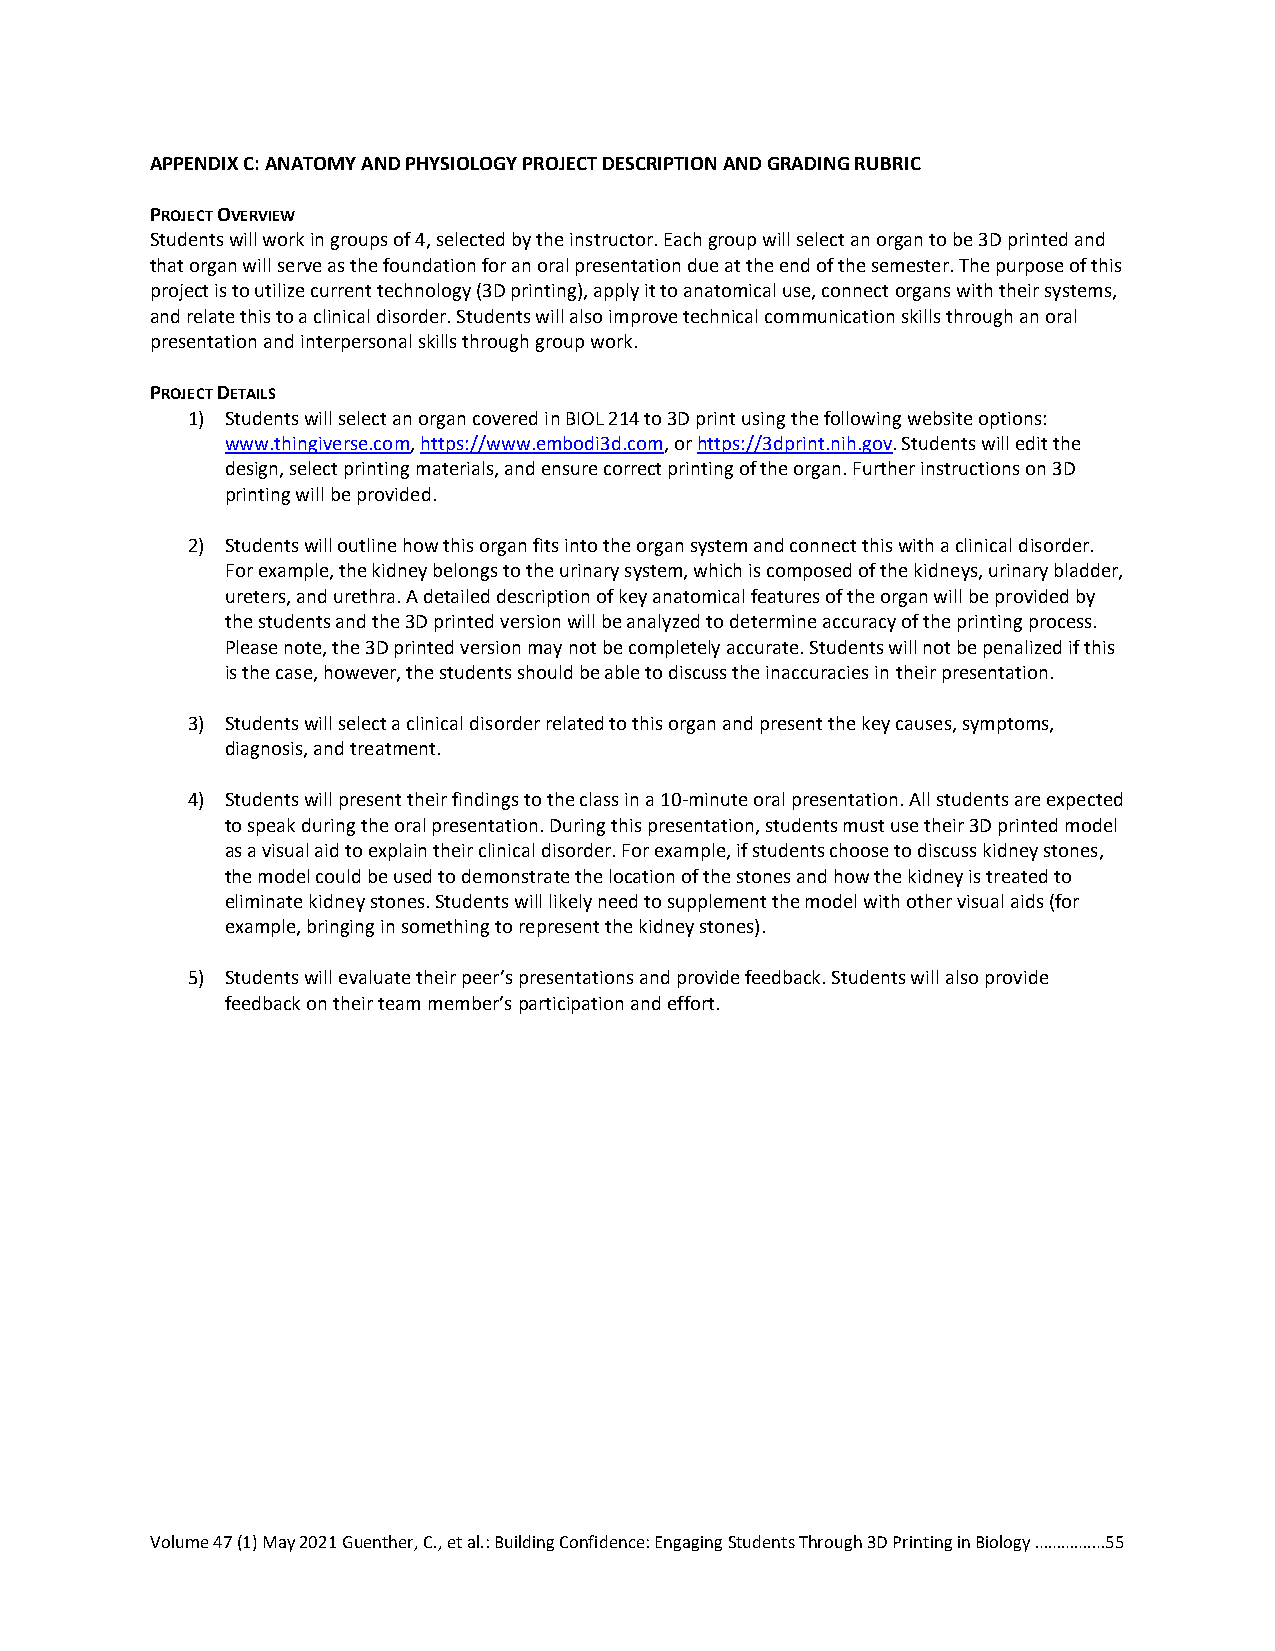
APPENDIX C: ANATOMY AND PHYSIOLOGY PROJECT DESCRIPTION AND GRADING RUBRIC
 PROJECT OVERVIEW
 Students will work in groups of 4, selected by the instructor. Each group will select an organ to be 3D printed and
 that organ will serve as the foundation for an oral presentation due at the end of the semester. The purpose of this
 project is to utilize current technology (3D printing), apply it to anatomical use, connect organs with their systems,
 and relate this to a clinical disorder. Students will also improve technical communication skills through an oral
 presentation and interpersonal skills through group work.
 PROJECT DETAILS
 1) Students will select an organ covered in BIOL 214 to 3D print using the following website options:
 www.thingiverse.com, https://www.embodi3d.com, or https://3dprint.nih.gov. Students will edit the
 design, select printing materials, and ensure correct printing of the organ. Further instructions on 3D
 printing will be provided.
 2) Students will outline how this organ fits into the organ system and connect this with a clinical disorder.
 For example, the kidney belongs to the urinary system, which is composed of the kidneys, urinary bladder,
 ureters, and urethra. A detailed description of key anatomical features of the organ will be provided by
 the students and the 3D printed version will be analyzed to determine accuracy of the printing process.
 Please note, the 3D printed version may not be completely accurate. Students will not be penalized if this
 is the case, however, the students should be able to discuss the inaccuracies in their presentation.
 3) Students will select a clinical disorder related to this organ and present the key causes, symptoms,
 diagnosis, and treatment.
 4) Students will present their findings to the class in a 10-minute oral presentation. All students are expected
 to speak during the oral presentation. During this presentation, students must use their 3D printed model
 as a visual aid to explain their clinical disorder. For example, if students choose to discuss kidney stones,
 the model could be used to demonstrate the location of the stones and how the kidney is treated to
 eliminate kidney stones. Students will likely need to supplement the model with other visual aids (for
 example, bringing in something to represent the kidney stones).
 5) Students will evaluate their peer’s presentations and provide feedback. Students will also provide
 feedback on their team member’s participation and effort.
 Volume 47 (1) May 2021 Guenther, C., et al.: Building Confidence: Engaging Students Through 3D Printing in Biology ………….…55